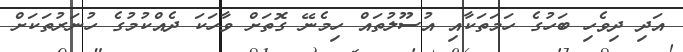
އަދި ދިވެހި ބަހުގެ ހަމަތަކާއި އުސޫލުތައް ހިމެނޭ ގޮތަށް ވާހަކަ ދެއްކުމުގެ ހުނަރުތަކަށް